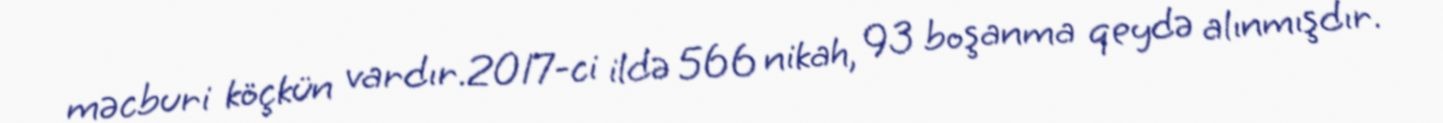
məcburi köçkün vardır.2017-ci ildə 566 nikah, 93 boşanma qeydə alınmışdır.